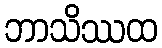
ဘာသိဿထ